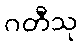
ဂတီသု